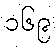
၁၆၉